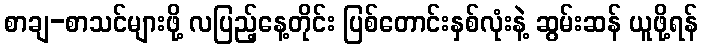
စာချ-စာသင်များဖို့ လပြည့်နေ့တိုင်း ပြစ်တောင်းနှစ်လုံးနဲ့ ဆွမ်းဆန် ယူဖို့ရန်